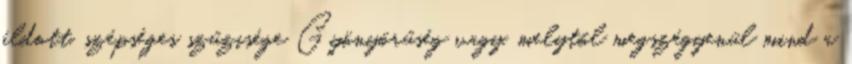
áldott, szépséges szűzisége Gyönyörűség vagy, melytől megszégyenül mind a